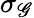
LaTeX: \sigma_{\mathscr{G}}